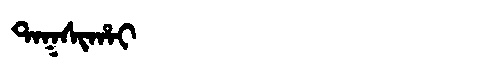
Manchu: ᡨᠠᡴᠰᡳᡥᠠᡳ
Romanization: TAKSIHAI